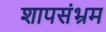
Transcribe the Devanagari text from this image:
शापसंभ्रम